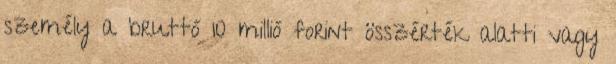
személy a bruttó 10 millió forint összérték alatti vagy